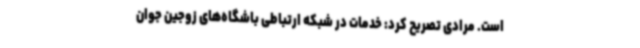
است. مرادی تصریح کرد: خدمات در شبکه ارتباطی باشگاه‌های زوجین جوان